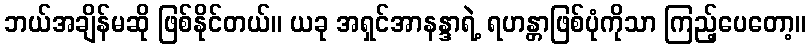
ဘယ်အချိန်မဆို ဖြစ်နိုင်တယ်။ ယခု အရှင်အာနန္ဒာရဲ့ ရဟန္တာဖြစ်ပုံကိုသာ ကြည့်ပေတော့။